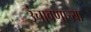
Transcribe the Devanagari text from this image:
उंचावणार्‍या